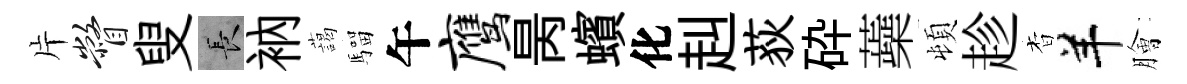
片瞥叟长衲藹騮午鹰昺蠙化赳荻砕蘃頓趁杳羊膾